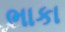
ભાકા